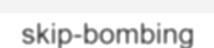
skip-bombing